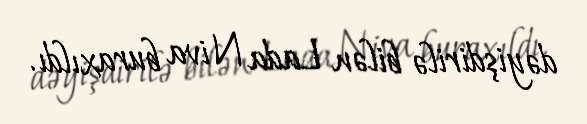
dəyişdirilə bilən Lada Niva buraxıldı.